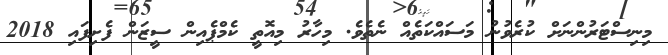
މިނިސްޓަރުންނަށް ކުރެވުނު މަސައްކަތެއް ނެތެވެ. މިހާރު މިއޮތީ ކެމްޕެއިން ސީޒަން ފެށިފައި 2018